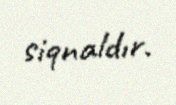
siqnaldır.